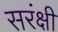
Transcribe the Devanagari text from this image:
सरंक्षी